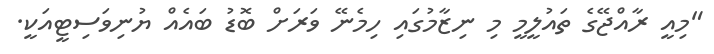
"މިއީ ރާއްޖޭގެ ތައުލީމީ މި ނިޒާމުގައި ހިމެނޭ ވަރަށް ބޮޑު ބައެއް ޔުނިވަސިޓީއަކީ.